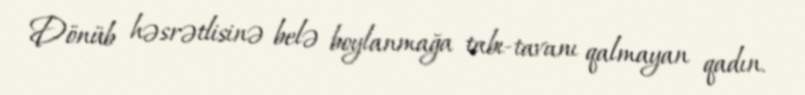
Dönüb həsrətlisinə belə boylanmağa tabı-tavanı qalmayan qadın.